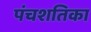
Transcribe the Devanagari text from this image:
पंचशतिका